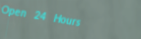
Open 24 Hours